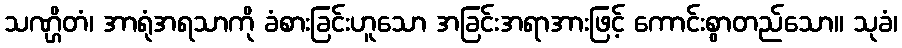
သဏ္ဌိတံ၊ အာရုံအရသာကို ခံစားခြင်းဟူသော အခြင်းအရာအားဖြင့် ကောင်းစွာတည်သော။ သုခံ၊